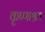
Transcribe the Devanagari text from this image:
कृष्णाश्रम